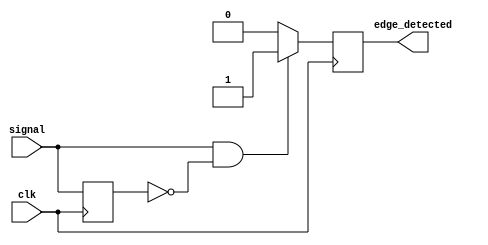
module edge_detector(
    input wire clk,          // Input signal to detect edges
    input wire signal,       // Signal whose rising edge is to be detected
    output reg edge_detected // Output pulse indicating edge detection
);

// Memory block to store the previous state of the input signal
reg previous_signal;

// Always block to capture the input signal state on the clock edge
always @(posedge clk) begin
    previous_signal <= signal; // Store the current state of the signal
end

// Combinational logic to detect the rising edge
always @(posedge clk) begin
    if (signal && !previous_signal) begin
        edge_detected <= 1'b1; // Rising edge detected, output pulse high
    end else begin
        edge_detected <= 1'b0; // No edge detected, output pulse low
    end
end

endmodule